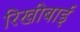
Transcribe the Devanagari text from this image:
रिखीबाई